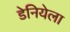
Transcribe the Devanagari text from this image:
डेनियेला